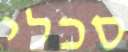
סכלי